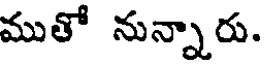
ముతో నున్నారు.